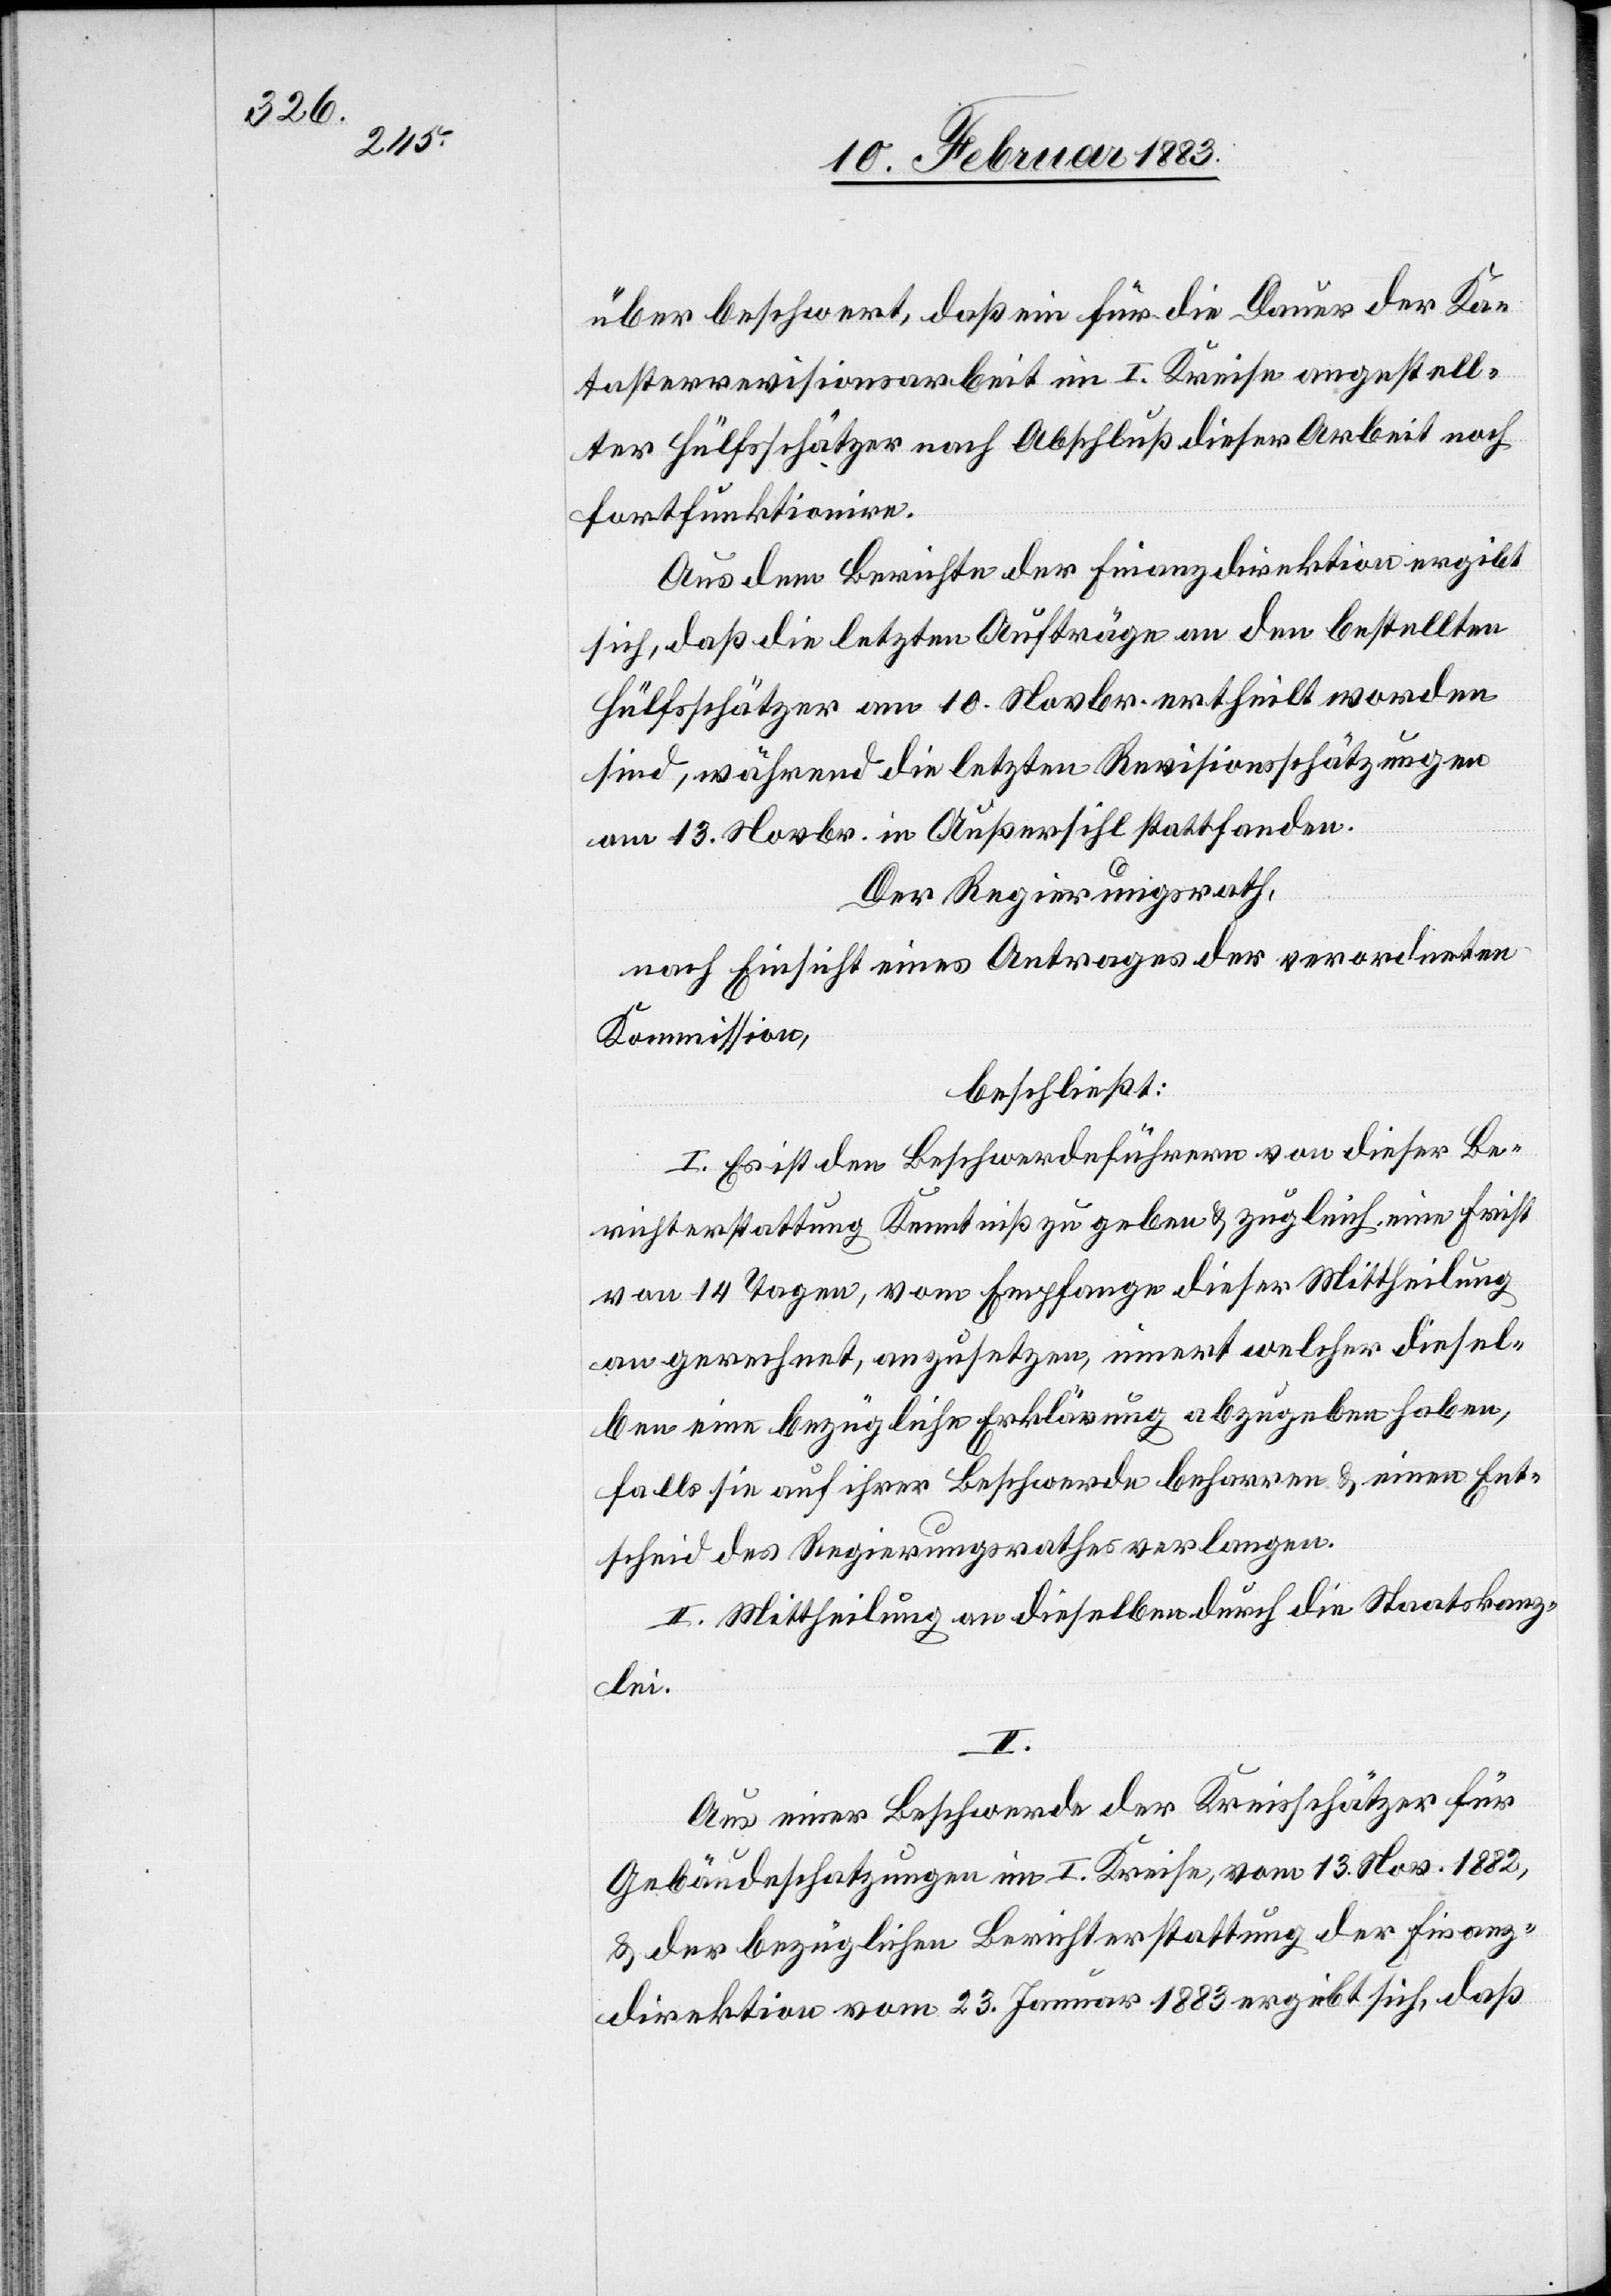
über beschwert, daß ein für die Dauer der Ka¬
tasterrevisionsarbeit im I. Kreise angestell¬
ter Hülfsschätzer nach Abschluß dieser Arbeit noch
fortfunktionire.
Aus dem Berichte der Finanzdirektion ergibt
sich, daß die letzten Aufträge an den bestellten
Hülfsschätzer am 10. Novbr. ertheilt worden
sind, während die letzten Revisionsschätzungen
am 13. Novbr. in Außersihl stattfanden.
Der Regierungsrath,
nach Einsicht eines Antrages der verordneten
Kommission,
beschließt:
I. Es ist den Beschwerdeführern von dieser Be¬
richterstattung Kenntniß zu geben & zugleich eine Frist
von 14 Tagen, vom Empfange dieser Mittheilung
an gerechnet, anzusetzen, innert welcher diesel¬
ben eine bezügliche Erklärung abzugeben haben,
falls sie auf ihrer Beschwerde beharren & einen Ent¬
scheid des Regierungsrathes verlangen.
II. Mittheilung an dieselben durch die Staatskanz¬
lei.
II.
Aus einer Beschwerde der Kreisschätzer für
Gebäudeschatzungen im I. Kreise, vom 13. Nov. 1882,
& der bezüglichen Berichterstattung der Finanz¬
direktion vom 23. Januar 1883 ergibt sich, daß